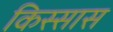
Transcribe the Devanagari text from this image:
किस्सास